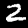
Digit: 2